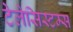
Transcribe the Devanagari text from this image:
टेलेसिस्टम्स